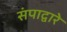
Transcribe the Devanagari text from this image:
संपाद्वारे